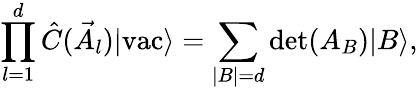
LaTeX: \prod_{l=1}^{d}\hat{C}(\vec{A}_{l})|\textrm{vac}\rangle=\sum_{|B|=d}\textrm{det}(A_{B})|B\rangle,